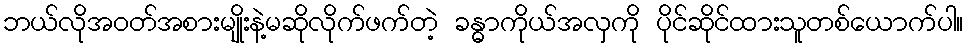
ဘယ်လိုအ၀တ်အစားမျိုးနဲ့မဆိုလိုက်ဖက်တဲ့ ခန္ဓာကိုယ်အလှကို ပိုင်ဆိုင်ထားသူတစ်ယောက်ပါ။